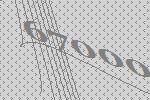
67000